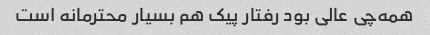
همه‌چی عالی بود رفتار پیک هم بسیار محترمانه است